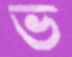
ভ